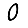
Digit: 0